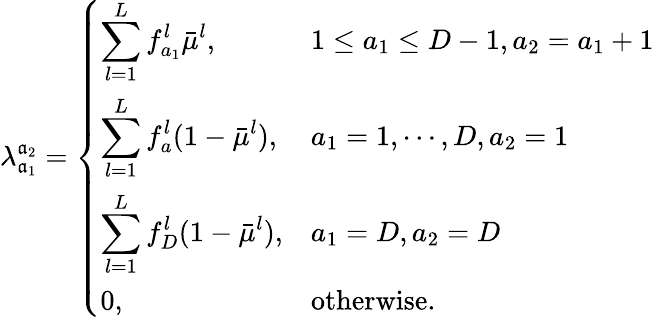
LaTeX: \lambda_{\mathfrak{a}_{1}}^{\mathfrak{a}_{2}}=\left\{ \begin{array}{ll}{\displaystyle\sum_{l=1}^{L}f_{a_{1}}^{l}\bar{\mu}^{l},}&{1\leq a_{1}\leq D-1,a_{2}=a_{1}+1}\\ {\displaystyle\sum_{l=1}^{L}f_{a}^{l}(1-\bar{\mu}^{l}),}&{a_{1}=1,\cdots,D,a_{2}=1}\\ {\displaystyle\sum_{l=1}^{L}f_{D}^{l}(1-\bar{\mu}^{l}),}&{a_{1}=D,a_{2}=D}\\ {0,}&{\mathrm{otherwise.}}\end{array}\right.